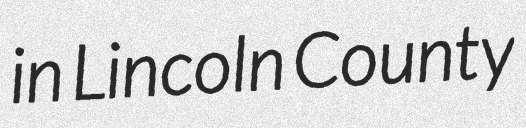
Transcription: in Lincoln County